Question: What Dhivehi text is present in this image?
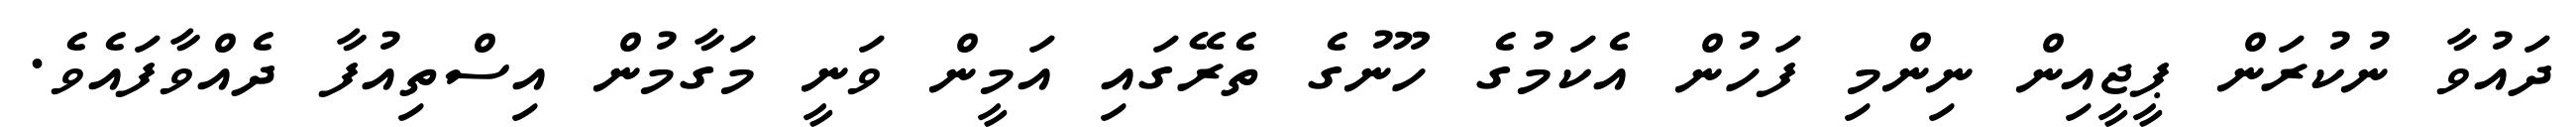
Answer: ދައުވާ ނުކުރަން ޕީޖީއިން ނިންމި ފަހުން އެކަމުގެ ހޫނުގެ ތެރޭގައި އަމީން ވަނީ މަގާމުން އިސްތިއުފާ ދެއްވާފައެވެ.